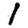
Digit: 1